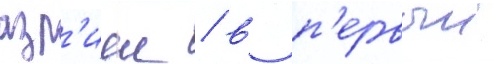
азр'иеи / в п'ервыи